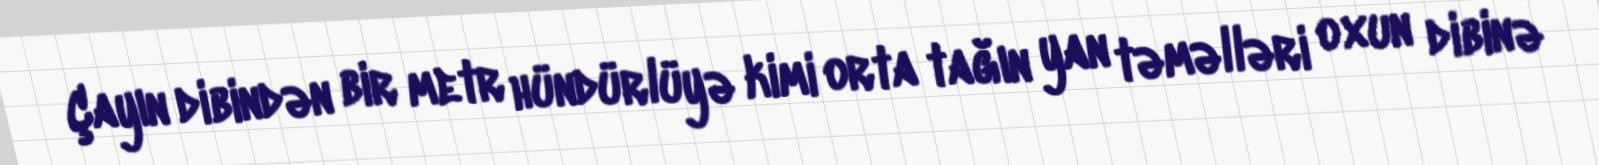
Çayın dibindən bir metr hündürlüyə kimi orta tağın yan təməlləri oxun dibinə